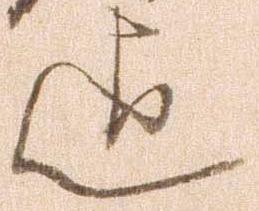
迠